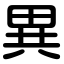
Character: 異